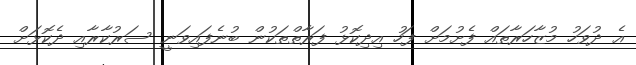
އެ ދުވަހު މުޒާހަރާތައް ފެށުމަށް ފަހު އިދިކޮޅު ފަރާތްތަކުން ބުނެފައިވަނީ ސަރުކާރާއި ދެކޮޅަށް